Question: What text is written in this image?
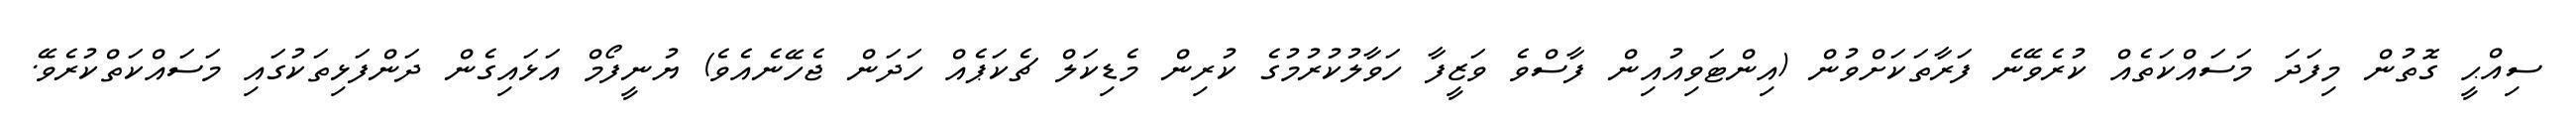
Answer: ސިއްޙީ ގޮތުން މިފަދަ މަސައްކަތެއް ކުރެވޭނެ ފަރާތަކަށްވުން (އިންޓަވިއުއިން ފާސްވެ ވަޒީފާ ހަވާލުކުރުމުގެ ކުރިން މެޑިކަލް ޗެކަޕެއް ހަދަން ޖެހޭނެއެވެ) ޔުނީފޯމް އަޅައިގެން ދަންފަޅިތަކުގައި މަސައްކަތްކުރެވޭ.